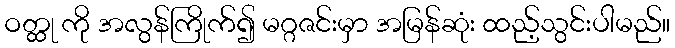
ဝတ္ထု ကို အလွန်ကြိုက်၍ မဂ္ဂဇင်းမှာ အမြန်ဆုံး ထည့်သွင်းပါမည်။